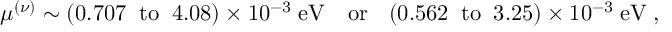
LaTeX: \mu ^ { ( \nu ) } \sim ( 0 . 7 0 7 \; \; \mathrm { t o } \; \; 4 . 0 8 ) \times 1 0 ^ { - 3 } \; \mathrm { e V ~ ~ ~ o r ~ ~ } \; ( 0 . 5 6 2 \; \; \mathrm { t o } \; \; 3 . 2 5 ) \times 1 0 ^ { - 3 } \; \mathrm { e V } \; ,